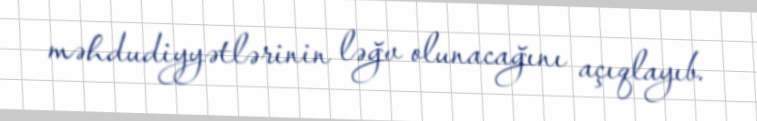
məhdudiyyətlərinin ləğv olunacağını açıqlayıb.